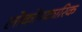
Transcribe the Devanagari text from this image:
लोकोपकारिक